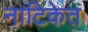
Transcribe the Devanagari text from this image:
नाटिकेत